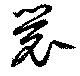
睘